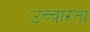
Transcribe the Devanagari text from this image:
उच्चारता